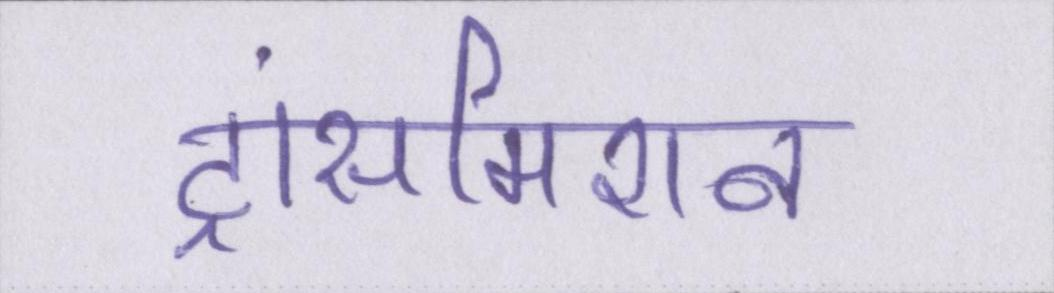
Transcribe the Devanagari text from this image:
ट्रांसमिशन